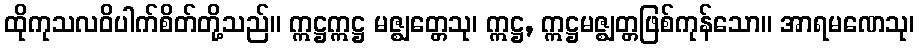
ထိုကုသလဝိပါက်စိတ်တို့သည်။ ဣဋ္ဌဣဋ္ဌ မဇ္ဈတ္တေသု၊ ဣဋ္ဌ, ဣဋ္ဌမဇ္ဈတ္တဖြစ်ကုန်သော။ အာရမဏေသု၊